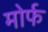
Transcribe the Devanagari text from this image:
मोर्फ